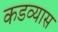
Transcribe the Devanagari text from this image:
कडव्यास